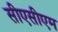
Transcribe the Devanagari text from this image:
सीएसीएम